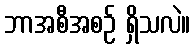
ဘာအစီအစဉ် ရှိသလဲ။